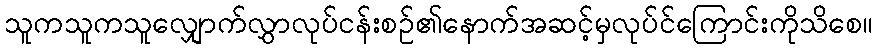
သူကသူကသူလျှောက်လွှာလုပ်ငန်းစဉ်၏နောက်အဆင့်မှလုပ်င်ကြောင်းကိုသိစေ။